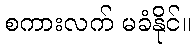
စကားလက် မခံနိုင်။